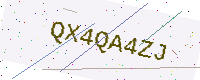
Text: QX4QA4ZJ